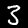
Digit: 3